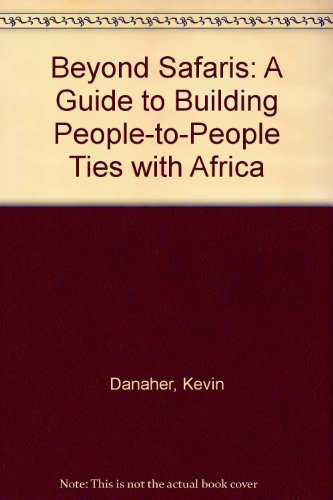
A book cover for Beyond Safaris: A Guide to Building People-To-People Ties With Africa; Kevin Danaher; Travel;